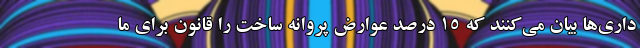
داری‌ها بیان می‌کنند که ۱۵ درصد عوارض پروانه ساخت را قانون برای ما